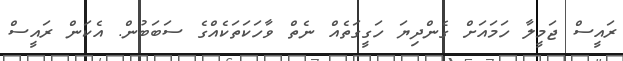
ރައީސް ޖަމީލާ ހަމައަށް ގެންދިޔަ ހަގީގަތެއް ނެތް ވާހަކަތަކެއްގެ ސަބަބުން. އެކަން ރައީސް